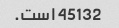
45132 است.